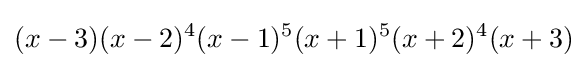
(x-3)(x-2)^{4}(x-1)^{5}(x+1)^{5}(x+2)^{4}(x+3)